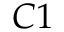
C 1